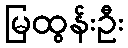
မြထွန်းဦး